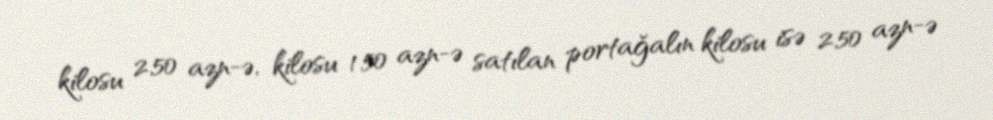
kilosu 2,50 azn-ə, kilosu 1.50 azn-ə satılan portağalın kilosu isə 2,50 azn-ə